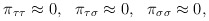
\begin{align*}\begin{array}{ccc}\pi _{\tau \tau }\approx 0, & \pi _{\tau \sigma }\approx 0, & \pi _{\sigma\sigma }\approx 0,\end{array}\end{align*}